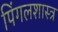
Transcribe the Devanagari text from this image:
पिंगलशास्त्र